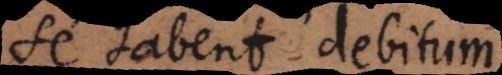
se habent debitum,